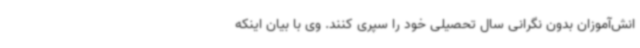
انش‌آموزان بدون نگرانی سال تحصیلی خود را سپری کنند. وی با بیان اینکه